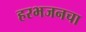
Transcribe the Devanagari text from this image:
हरभजनचा